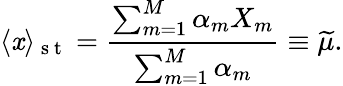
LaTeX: \langle\mathit{x}\rangle_{\mathrm{{~s~t~}}}=\frac{{\sum_{m=1}^{M}\alpha_{m}X_{m}}}{{\sum_{m=1}^{M}\alpha_{m}}}\equiv\widetilde{{\mu}}.